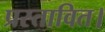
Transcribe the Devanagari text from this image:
प्रस्तावित।